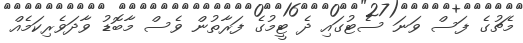
މެޗުގެ ފަސް ވަނަ ސެޓުގައި ދެ ޓީމުގެ ފަރާތުން ވެސް މާބޮޑު ވާދަވެރިކަމެއް